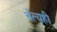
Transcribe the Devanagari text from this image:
चैत्यही